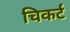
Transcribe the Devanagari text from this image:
चिकर्ट